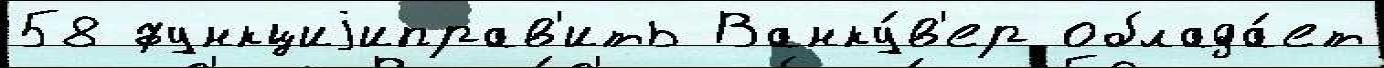
58 функциjиправ'ить Ванку́в'ер облада́ет